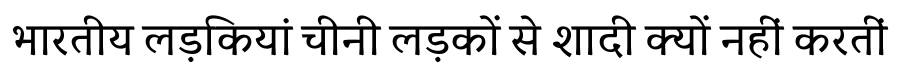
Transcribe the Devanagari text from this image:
भारतीय लड़कियां चीनी लड़कों से शादी क्यों नहीं करतीं